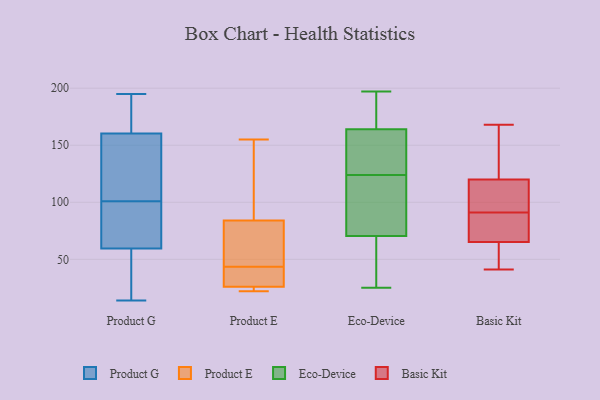
{"axis": {"x": "Energy Usage (MWh)", "y": "Value"}, "legend": ["Basic Kit", "Eco-Device", "Product E", "Product G"], "data": [{"x": "", "y": 152, "type": "Product G"}, {"x": "", "y": 50, "type": "Product G"}, {"x": "", "y": 35, "type": "Product G"}, {"x": "", "y": 95, "type": "Product G"}, {"x": "", "y": 195, "type": "Product G"}, {"x": "", "y": 88, "type": "Product G"}, {"x": "", "y": 35, "type": "Product G"}, {"x": "", "y": 165, "type": "Product G"}, {"x": "", "y": 163, "type": "Product G"}, {"x": "", "y": 163, "type": "Product G"}, {"x": "", "y": 98, "type": "Product G"}, {"x": "", "y": 14, "type": "Product G"}, {"x": "", "y": 101, "type": "Product G"}, {"x": "", "y": 151, "type": "Product G"}, {"x": "", "y": 130, "type": "Product G"}, {"x": "", "y": 23, "type": "Product E"}, {"x": "", "y": 84, "type": "Product E"}, {"x": "", "y": 130, "type": "Product E"}, {"x": "", "y": 44, "type": "Product E"}, {"x": "", "y": 155, "type": "Product E"}, {"x": "", "y": 22, "type": "Product E"}, {"x": "", "y": 43, "type": "Product E"}, {"x": "", "y": 40, "type": "Product E"}, {"x": "", "y": 26, "type": "Product E"}, {"x": "", "y": 55, "type": "Product E"}, {"x": "", "y": 164, "type": "Eco-Device"}, {"x": "", "y": 164, "type": "Eco-Device"}, {"x": "", "y": 124, "type": "Eco-Device"}, {"x": "", "y": 75, "type": "Eco-Device"}, {"x": "", "y": 57, "type": "Eco-Device"}, {"x": "", "y": 122, "type": "Eco-Device"}, {"x": "", "y": 124, "type": "Eco-Device"}, {"x": "", "y": 115, "type": "Eco-Device"}, {"x": "", "y": 89, "type": "Eco-Device"}, {"x": "", "y": 130, "type": "Eco-Device"}, {"x": "", "y": 49, "type": "Eco-Device"}, {"x": "", "y": 167, "type": "Eco-Device"}, {"x": "", "y": 197, "type": "Eco-Device"}, {"x": "", "y": 36, "type": "Eco-Device"}, {"x": "", "y": 192, "type": "Eco-Device"}, {"x": "", "y": 140, "type": "Eco-Device"}, {"x": "", "y": 25, "type": "Eco-Device"}, {"x": "", "y": 91, "type": "Basic Kit"}, {"x": "", "y": 41, "type": "Basic Kit"}, {"x": "", "y": 168, "type": "Basic Kit"}, {"x": "", "y": 121, "type": "Basic Kit"}, {"x": "", "y": 92, "type": "Basic Kit"}, {"x": "", "y": 72, "type": "Basic Kit"}, {"x": "", "y": 134, "type": "Basic Kit"}, {"x": "", "y": 78, "type": "Basic Kit"}, {"x": "", "y": 50, "type": "Basic Kit"}, {"x": "", "y": 117, "type": "Basic Kit"}, {"x": "", "y": 63, "type": "Basic Kit"}]}